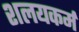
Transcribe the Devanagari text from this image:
शलयकर्म